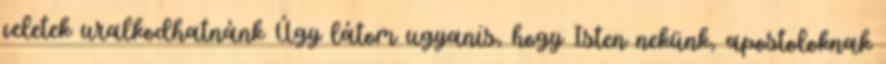
veletek uralkodhatnánk Úgy látom ugyanis, hogy Isten nekünk, apostoloknak